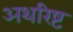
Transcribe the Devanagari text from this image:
अथरिष्ट